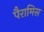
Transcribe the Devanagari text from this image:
पैरामिस